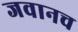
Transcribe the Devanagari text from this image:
जवानच